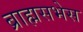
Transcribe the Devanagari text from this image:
ब्राह्मसभेस